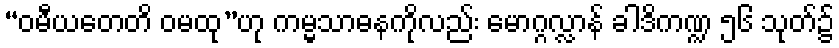
“ဝမီယတေတိ ဝမထု”ဟု ကမ္မသာဓနကိုလည်း မောဂ္ဂလ္လာန် ခါဒိကဏ္ဍ ၅၆ သုတ်၌